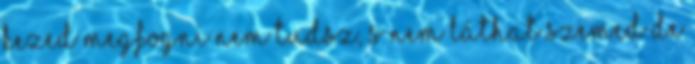
kezed Megfogni nem tudsz, s nem láthat szemed De